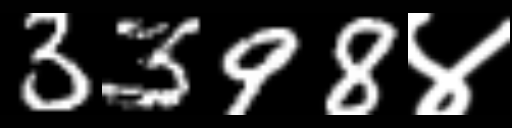
Text: 3398४